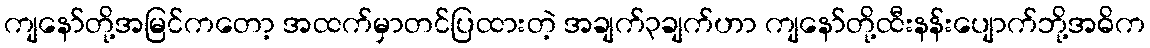
ကျနော်တို့အမြင်ကတော့ အထက်မှာတင်ပြထားတဲ့ အချက်၃ချက်ဟာ ကျနော်တို့ထီးနန်းပျောက်ဘို့အဓိက